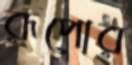
রূপোর